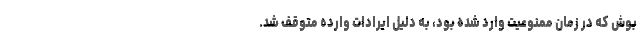
بوش که در زمان ممنوعیت وارد شده بود، به دلیل ایرادات وارده متوقف شد.